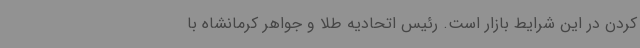
کردن در این شرایط بازار است. رئیس اتحادیه طلا و جواهر کرمانشاه با